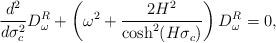
LaTeX: \begin{align*}\frac{d^2}{d\sigma^2_c} D^R_\omega+\left( \omega^2+\frac{2H^2}{\cosh^2(H\sigma_c)}\right) D^R_\omega=0,\end{align*}